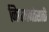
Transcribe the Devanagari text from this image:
नियमनतेसाठी